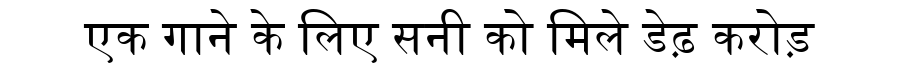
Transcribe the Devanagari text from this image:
एक गाने के लिए सनी को मिले डेढ़ करोड़